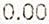
0.00